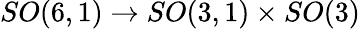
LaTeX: SO(6,1)\rightarrow SO(3,1)\times SO(3)